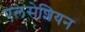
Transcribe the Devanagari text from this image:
एलसेशियन